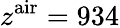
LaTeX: z^{\mathrm{air}}=934